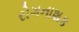
રોગનાશક